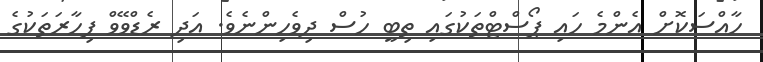
ހާއްސަކޮށް އެންމެ ހައި ޕޯސްޓްތަކުގައި ތިބީ ހުސް ދިވެހިންނެވެ. އަދި ރެޑްވޭވް ފިހާރަތަކުގެ